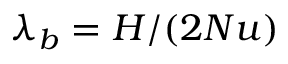
\lambda _ { b } = H / ( 2 N u )